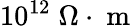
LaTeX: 10^{12}\; \Omega\cdot\mathrm{~m~}